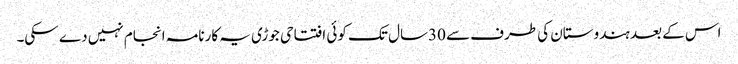
اس کے بعد ہندوستان کی طرف سے 30سال تک کوئی افتتاحی جوڑی یہ کارنامہ انجام نہیں دے سکی۔